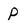
Character: P